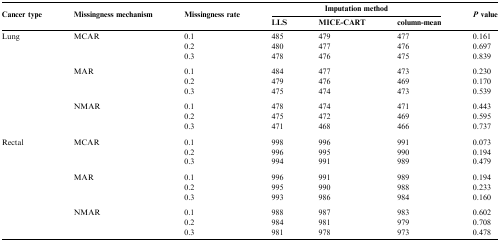
<table><thead><tr><td rowspan="2"><b>Cancer type</b></td><td rowspan="2"><b>Missingness mechanism</b></td><td rowspan="2"><b>Missingness rate</b></td><td colspan="3"><b>Imputation method</b></td><td rowspan="2"><b><i>P</i> value</b></td></tr><tr><td><b>LLS</b></td><td><b>MICE-CART</b></td><td><b>column-mean</b></td></tr></thead><tbody><tr><td>Lung</td><td>MCAR</td><td>0.1</td><td>485</td><td>479</td><td>477</td><td>0.161</td></tr><tr><td></td><td></td><td>0.2</td><td>480</td><td>477</td><td>476</td><td>0.697</td></tr><tr><td></td><td></td><td>0.3</td><td>478</td><td>476</td><td>475</td><td>0.839</td></tr><tr><td colspan="7">  </td></tr><tr><td></td><td>MAR</td><td>0.1</td><td>484</td><td>477</td><td>473</td><td>0.230</td></tr><tr><td></td><td></td><td>0.2</td><td>479</td><td>476</td><td>469</td><td>0.170</td></tr><tr><td></td><td></td><td>0.3</td><td>475</td><td>474</td><td>473</td><td>0.539</td></tr><tr><td colspan="7">  </td></tr><tr><td></td><td>NMAR</td><td>0.1</td><td>478</td><td>474</td><td>471</td><td>0.443</td></tr><tr><td></td><td></td><td>0.2</td><td>475</td><td>472</td><td>469</td><td>0.595</td></tr><tr><td></td><td></td><td>0.3</td><td>471</td><td>468</td><td>466</td><td>0.737</td></tr><tr><td colspan="7">  </td></tr><tr><td>Rectal</td><td>MCAR</td><td>0.1</td><td>998</td><td>996</td><td>991</td><td>0.073</td></tr><tr><td></td><td></td><td>0.2</td><td>996</td><td>995</td><td>990</td><td>0.194</td></tr><tr><td></td><td></td><td>0.3</td><td>994</td><td>991</td><td>989</td><td>0.479</td></tr><tr><td colspan="7">  </td></tr><tr><td></td><td>MAR</td><td>0.1</td><td>996</td><td>991</td><td>989</td><td>0.194</td></tr><tr><td></td><td></td><td>0.2</td><td>995</td><td>990</td><td>988</td><td>0.233</td></tr><tr><td></td><td></td><td>0.3</td><td>993</td><td>986</td><td>984</td><td>0.160</td></tr><tr><td colspan="7">  </td></tr><tr><td></td><td>NMAR</td><td>0.1</td><td>988</td><td>987</td><td>983</td><td>0.602</td></tr><tr><td></td><td></td><td>0.2</td><td>984</td><td>981</td><td>979</td><td>0.708</td></tr><tr><td></td><td></td><td>0.3</td><td>981</td><td>978</td><td>973</td><td>0.478</td></tr></tbody></table>